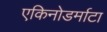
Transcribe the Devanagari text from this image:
एकिनोडर्माटा